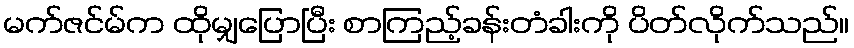
မက်ဇင်မ်က ထိုမျှပြောပြီး စာကြည့်ခန်းတံခါးကို ပိတ်လိုက်သည်။